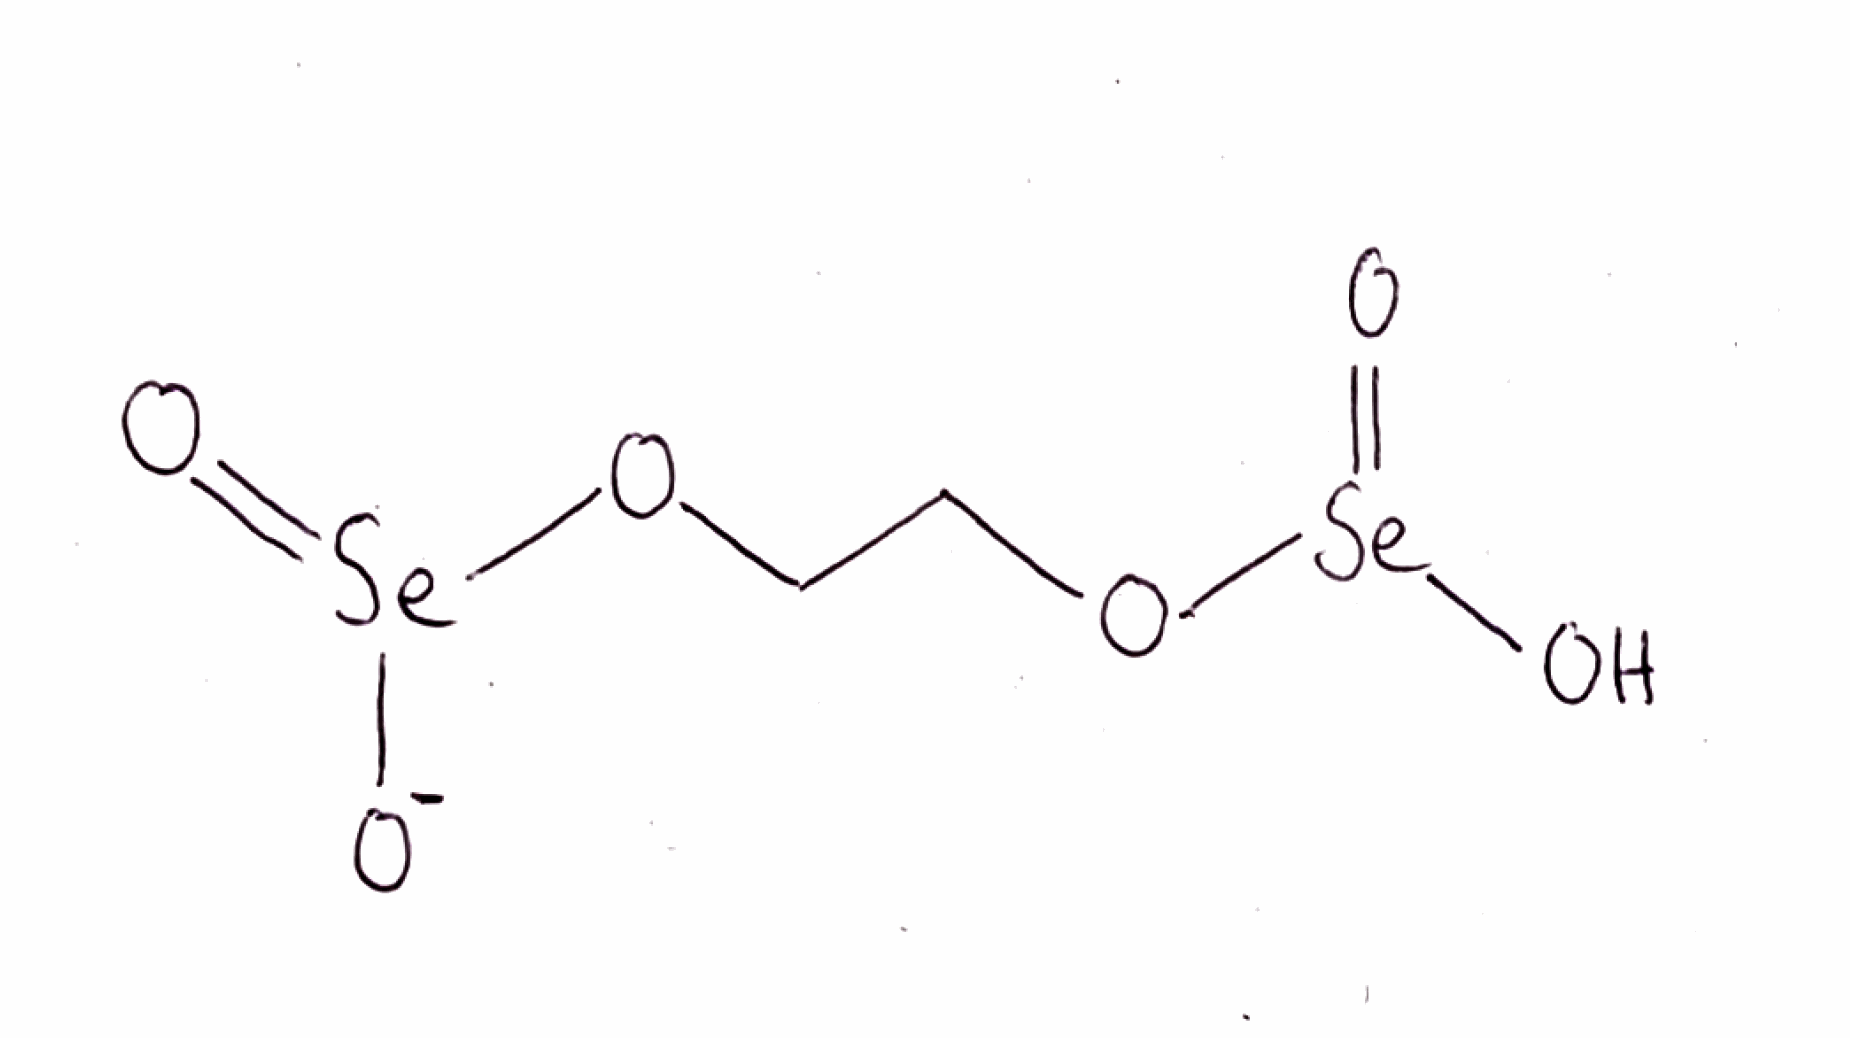
Simplified molecular-input line-entry system (SMILES) notation of the given molecule:
C(CO[Se](=O)[O-])O[Se](=O)O